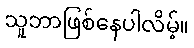
သူဘာဖြစ်နေပါလိမ့်။